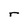
Character: r